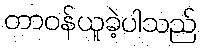
တာဝန်ယူခဲ့ပါသည်